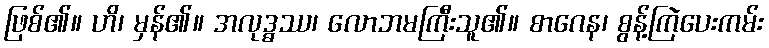
ဖြစ်၏။ ဟိ၊ မှန်၏။ အလုဒ္ဓဿ၊ လောဘမကြီးသူ၏။ စာဂေန၊ စွန့်ကြဲပေးကမ်း